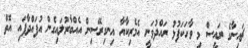
ޗައިނާގެ ރައީސް މި ވާހަކަފުޅު ރައްދުވަނީ އެމެރިކާއާ އިނގިރޭސިން އެއްބާރުލައިގެން އުފައްދާފައި އޮތް